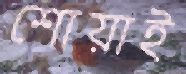
শোয়াই